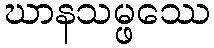
ဃာနသမ္ဖဿေ